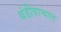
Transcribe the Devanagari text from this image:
थंडीवाऱ्यात